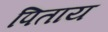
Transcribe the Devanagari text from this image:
पिताय